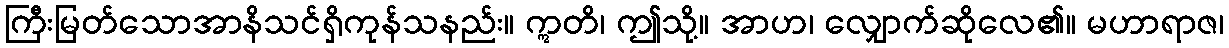
ကြီးမြတ်သောအာနိသင်ရှိကုန်သနည်း။ ဣတိ၊ ဤသို့။ အာဟ၊ လျှောက်ဆိုလေ၏။ မဟာရာဇ၊